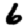
Digit: 6